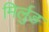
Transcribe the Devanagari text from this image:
मिर्लुङ